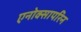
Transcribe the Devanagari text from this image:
एनोक्सापरिन